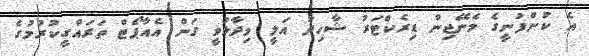
އެ ކުންފުނީގެ މެނޭޖިން ޑިރެކްޓަރު ޝާހިދު އަލީ ވިދާޅުވީ ގަން އެއާޕޯޓް ތަރައްގީކުރުމުގެ